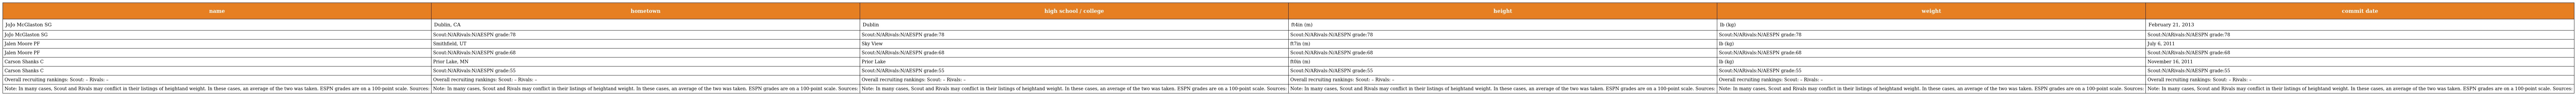
| name | hometown | high school / college | height | weight | commit date |
 | --- | --- | --- | --- | --- | --- |
 | JoJo McGlaston SG | Dublin, CA | Dublin | ft4in (m) | lb (kg) | February 21, 2013 |
 | JoJo McGlaston SG | Scout:N/ARivals:N/AESPN grade:78 | Scout:N/ARivals:N/AESPN grade:78 | Scout:N/ARivals:N/AESPN grade:78 | Scout:N/ARivals:N/AESPN grade:78 | Scout:N/ARivals:N/AESPN grade:78 |
 | Jalen Moore PF | Smithfield, UT | Sky View | ft7in (m) | lb (kg) | July 6, 2011 |
 | Jalen Moore PF | Scout:N/ARivals:N/AESPN grade:68 | Scout:N/ARivals:N/AESPN grade:68 | Scout:N/ARivals:N/AESPN grade:68 | Scout:N/ARivals:N/AESPN grade:68 | Scout:N/ARivals:N/AESPN grade:68 |
 | Carson Shanks C | Prior Lake, MN | Prior Lake | ft0in (m) | lb (kg) | November 16, 2011 |
 | Carson Shanks C | Scout:N/ARivals:N/AESPN grade:55 | Scout:N/ARivals:N/AESPN grade:55 | Scout:N/ARivals:N/AESPN grade:55 | Scout:N/ARivals:N/AESPN grade:55 | Scout:N/ARivals:N/AESPN grade:55 |
 | Overall recruiting rankings: Scout: – Rivals: – | Overall recruiting rankings: Scout: – Rivals: – | Overall recruiting rankings: Scout: – Rivals: – | Overall recruiting rankings: Scout: – Rivals: – | Overall recruiting rankings: Scout: – Rivals: – | Overall recruiting rankings: Scout: – Rivals: – |
 | Note: In many cases, Scout and Rivals may conflict in their listings of heightand weight. In these cases, an average of the two was taken. ESPN grades are on a 100-point scale. Sources: | Note: In many cases, Scout and Rivals may conflict in their listings of heightand weight. In these cases, an average of the two was taken. ESPN grades are on a 100-point scale. Sources: | Note: In many cases, Scout and Rivals may conflict in their listings of heightand weight. In these cases, an average of the two was taken. ESPN grades are on a 100-point scale. Sources: | Note: In many cases, Scout and Rivals may conflict in their listings of heightand weight. In these cases, an average of the two was taken. ESPN grades are on a 100-point scale. Sources: | Note: In many cases, Scout and Rivals may conflict in their listings of heightand weight. In these cases, an average of the two was taken. ESPN grades are on a 100-point scale. Sources: | Note: In many cases, Scout and Rivals may conflict in their listings of heightand weight. In these cases, an average of the two was taken. ESPN grades are on a 100-point scale. Sources: |